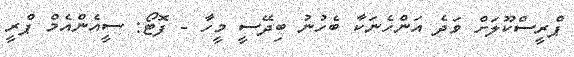
ޕްރީސްކޫލަށް ވަދެ އަންހެނަކާ ބެހުނު ބިދޭސީ މީހާ - ފޮޓޯ: ސީއެންއެމް ޕްރީ